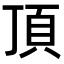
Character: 頂